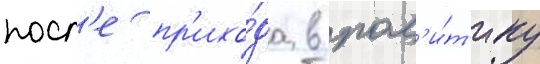
посл'е пр'ихо́да в пол'и́т'ику